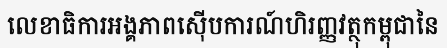
លេខាធិការអង្គភាពស៊ើបការណ៍ហិរញ្ញវត្ថុកម្ពុជានៃ